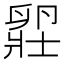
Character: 𫧾